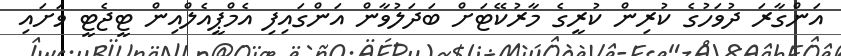
އަންގާރަ ދުވަހުގެ ކުރިން ކުރީގެ މާރުކޭޓަށް ބަދަލުވާން އަންގައިފި އެމްޕީއެލްއިން ޓީޖެޓީ ވަށައި